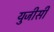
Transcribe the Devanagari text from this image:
युजीसी